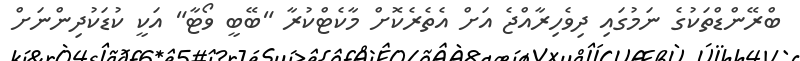
ބްރޭންޑްތަކުގެ ނަމުގައި ދިވެހިރާއްޖެ އަށް އެތެރެކޮށް މާކެޓްކުރާ "ބޭބީ ވޯޓާ" އަކީ ކުޑަކުދިންނަށް